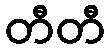
တီတီ